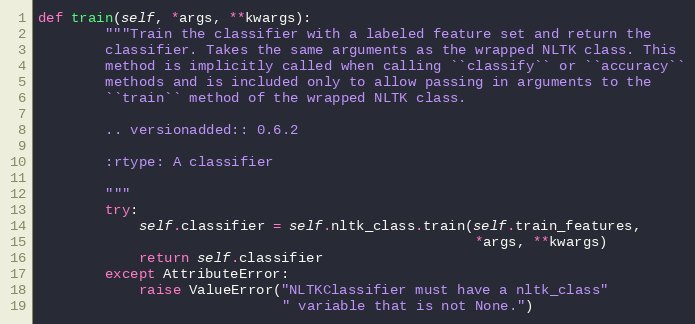
Language: Python
def train(self, *args, **kwargs):
        """Train the classifier with a labeled feature set and return the
        classifier. Takes the same arguments as the wrapped NLTK class. This
        method is implicitly called when calling ``classify`` or ``accuracy``
        methods and is included only to allow passing in arguments to the
        ``train`` method of the wrapped NLTK class.

        .. versionadded:: 0.6.2

        :rtype: A classifier

        """
        try:
            self.classifier = self.nltk_class.train(self.train_features,
                                                    *args, **kwargs)
            return self.classifier
        except AttributeError:
            raise ValueError("NLTKClassifier must have a nltk_class"
                             " variable that is not None.")